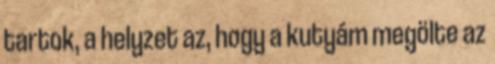
tartok, a helyzet az, hogy a kutyám megölte az